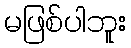
မဖြစ်ပါဘူး